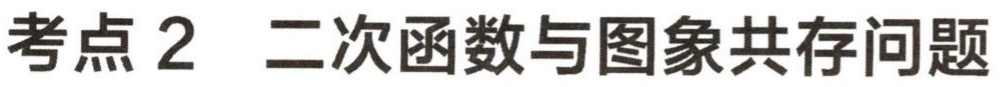
考点 2  二次函数与图象共存问题